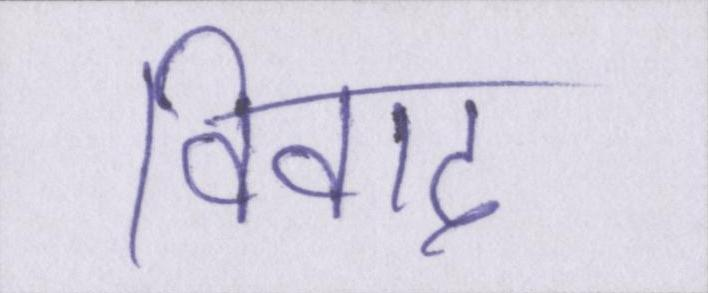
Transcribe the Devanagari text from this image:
विवाद